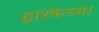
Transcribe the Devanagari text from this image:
द्वारकेच्या